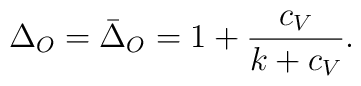
\Delta_O=\bar\Delta_O=1+{c_V\over k+c_V}.